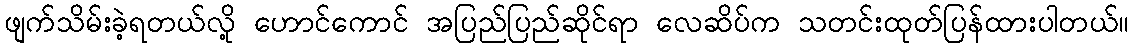
ဖျက်သိမ်းခဲ့ရတယ်လို့ ဟောင်ကောင် အပြည်ပြည်ဆိုင်ရာ လေဆိပ်က သတင်းထုတ်ပြန်ထားပါတယ်။